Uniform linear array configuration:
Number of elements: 64
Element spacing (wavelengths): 0.25
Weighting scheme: binomial
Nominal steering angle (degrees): -15
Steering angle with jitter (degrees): -16.818
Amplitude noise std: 0.05
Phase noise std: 0.05

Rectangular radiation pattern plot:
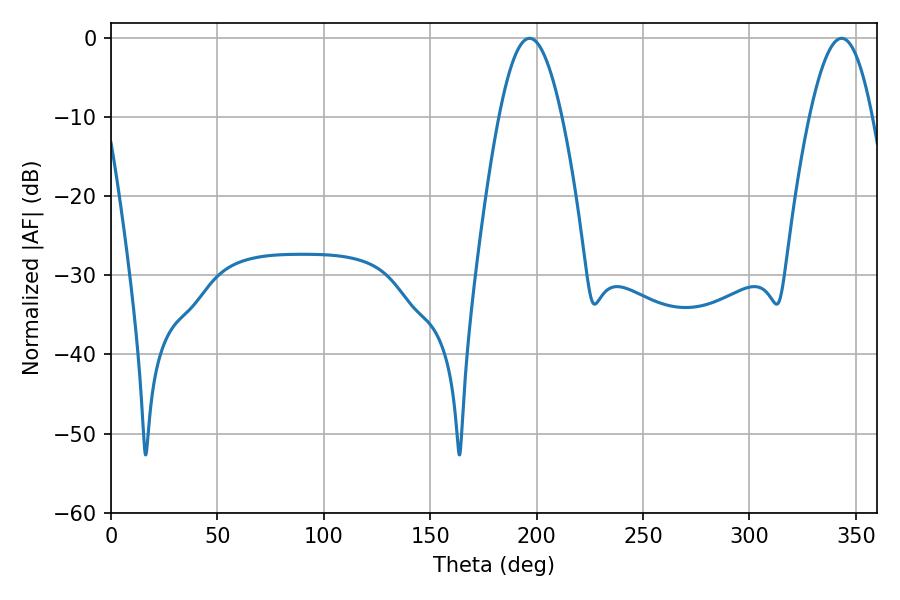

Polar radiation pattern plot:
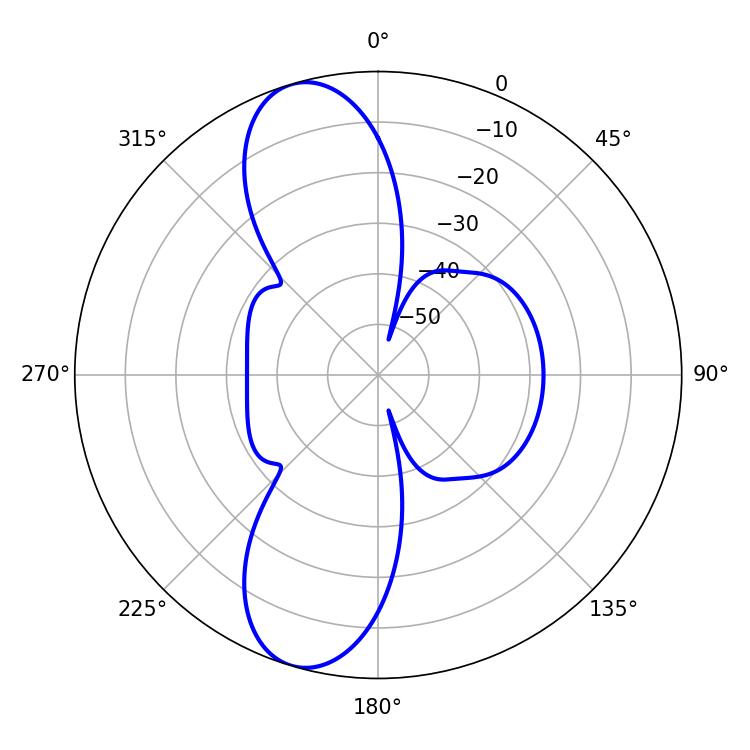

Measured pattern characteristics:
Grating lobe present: FALSE
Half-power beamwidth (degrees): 16.02
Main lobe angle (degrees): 196.74